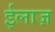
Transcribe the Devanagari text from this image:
ईलाज़